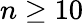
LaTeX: n\ge 10